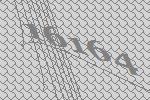
16164